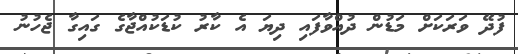
ފުދޭ ވަރަކަށް މަޑުން ދުއްވާފައި ދިޔަ އެ ކާރު ކުޑަކުއްޖާގެ ގައިގާ ޖެހުނު